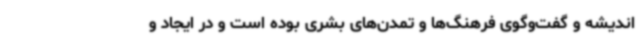
اندیشه و گفت‌وگوی فرهنگ‌ها و تمدن‌های بشری بوده است و در ایجاد و